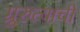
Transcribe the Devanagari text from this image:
ग्रुरुत्वाची